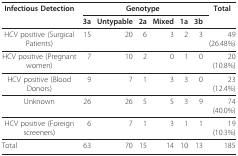
<table><thead><tr><td><b>Infectious Detection</b></td><td colspan="6"><b>Genotype</b></td><td><b>Total</b></td></tr><tr><td></td><td><b>3a</b></td><td><b>Untypable</b></td><td><b>2a</b></td><td><b>Mixed</b></td><td><b>1a</b></td><td><b>3b</b></td><td></td></tr></thead><tbody><tr><td>HCV positive (Surgical Patients)</td><td>15</td><td>20</td><td>6</td><td>3</td><td>2</td><td>3</td><td>49 (26.48%)</td></tr><tr><td>HCV positive (Pregnant women)</td><td>7</td><td>10</td><td>2</td><td>0</td><td>1</td><td>0</td><td>20 (10.8%)</td></tr><tr><td>HCV positive (Blood Donors)</td><td>9</td><td>7</td><td>1</td><td>3</td><td>3</td><td>0</td><td>23 (12.4%)</td></tr><tr><td>Unknown</td><td>26</td><td>26</td><td>5</td><td>5</td><td>3</td><td>9</td><td>74 (40.0%)</td></tr><tr><td>HCV positive (Foreign screeners)</td><td>6</td><td>7</td><td>1</td><td>3</td><td>1</td><td>1</td><td>19 (10.3%)</td></tr><tr><td>Total</td><td>63</td><td>70</td><td>15</td><td>14</td><td>10</td><td>13</td><td>185</td></tr></tbody></table>